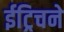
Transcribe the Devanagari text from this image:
ईट्रिचने